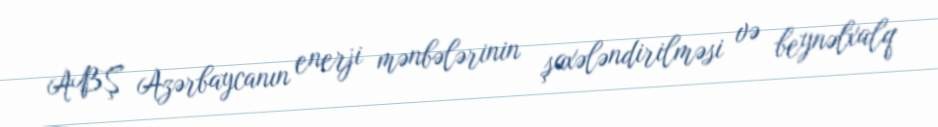
ABŞ Azərbaycanın enerji mənbələrinin şaxələndirilməsi və beynəlxalq